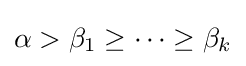
\alpha >\beta _{1}\geq \cdots \geq \beta _{k}